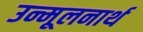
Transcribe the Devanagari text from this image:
उन्मूलनार्थ